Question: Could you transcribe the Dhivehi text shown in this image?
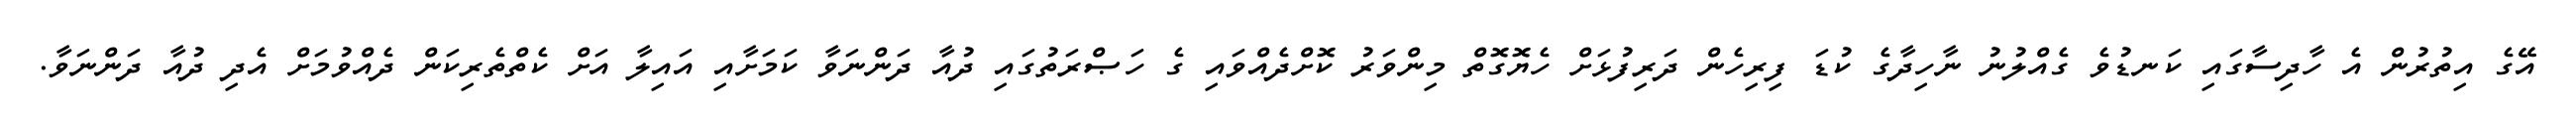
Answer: އޭގެ އިތުރުން އެ ހާދިސާގައި ކަނޑުވެ ގެއްލުނު ނާހިދާގެ ކުޑަ ފިރިހެން ދަރިފުޅަށް ހެޔޮގޮތް މިންވަރު ކޮށްދެއްވައި ގެ ހަޞްރަތުގައި ދުއާ ދަންނަވާ ކަމަށާއި އައިލާ އަށް ކެތްތެރިކަން ދެއްވުމަށް އެދި ދުއާ ދަންނަވާ.